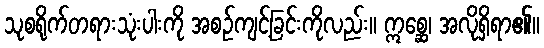
သုစရိုက်တရားသုံးပါးကို အစဉ်ကျင့်ခြင်းကိုလည်း။ ဣစ္ဆေ၊ အလိုရှိရာ၏။